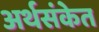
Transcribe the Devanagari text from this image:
अर्थसंकेत